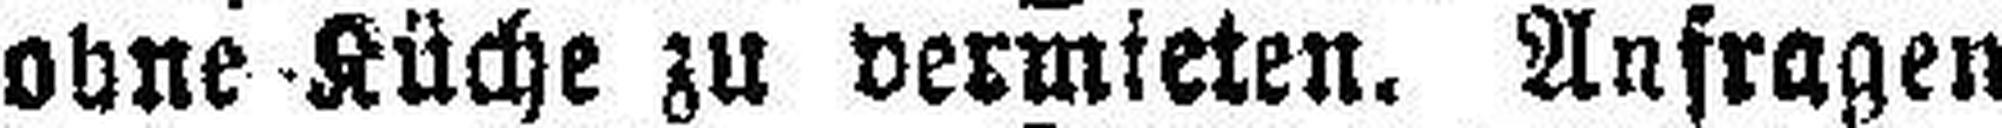
ohne Küche zu vermieten. Anfragen